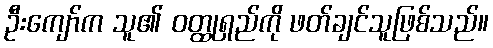
ဦးကျော်က သူ၏ ဝတ္ထုရှည်ကို ဖတ်ချင်သူဖြစ်သည်။